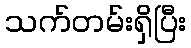
သက်တမ်းရှိပြီး